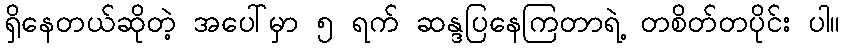
ရှိနေတယ်ဆိုတဲ့ အပေါ်မှာ ၅ ရက် ဆန္ဒပြနေကြတာရဲ့ တစိတ်တပိုင်း ပါ။